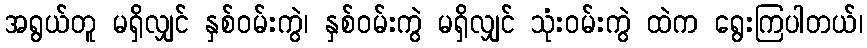
အရွယ်တူ မရှိလျှင် နှစ်ဝမ်းကွဲ၊ နှစ်ဝမ်းကွဲ မရှိလျှင် သုံးဝမ်းကွဲ ထဲက ရွေးကြပါတယ်၊